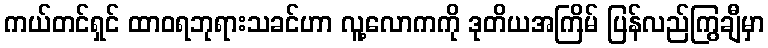
ကယ်တင်ရှင် ထာဝရဘုရားသခင်ဟာ လူ့လောကကို ဒုတိယအကြိမ် ပြန်လည်ကြွချီမှာ